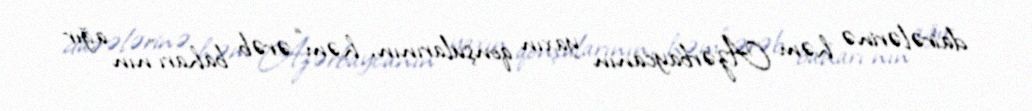
dairələrinə həm Azərbaycanın yaxın qonşularının, həm “ərəb baharı”nın ağır